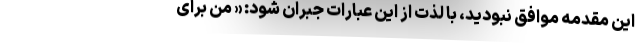
این مقدمه موافق نبودید، با لذت از این عبارات جبران شود: « من برای